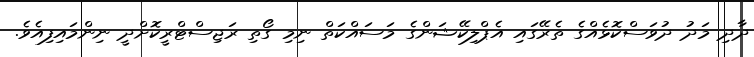
ދާދި މަދު ދުވަސްކޮޅެއްގެ ތެރޭގައި އެޕްލިކޭޝަންގެ މަސައްކަތް ނިމި ގޯތި ރަޖިސްޓްރީކޮށްދީ ނިންމައިފިއެވެ.